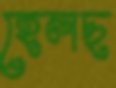
হেলছ